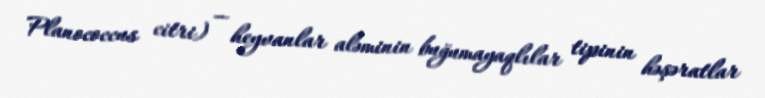
Planococcus citri) — heyvanlar aləminin buğumayaqlılar tipinin həşəratlar